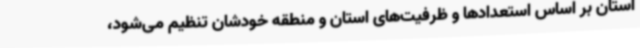
استان بر اساس استعدادها و ظرفیت‌های استان و منطقه خودشان تنظیم می‌شود،